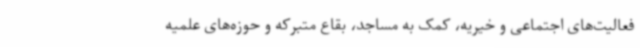
فعالیت‌های اجتماعی و خیریه، کمک به مساجد، بقاع متبرکه و حوزه‌های علمیه